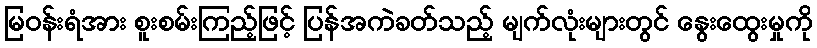
မြဝန်းရံအား စူးစမ်းကြည့်ဖြင့် ပြန်အကဲခတ်သည့် မျက်လုံးများတွင် နွေးထွေးမှုကို